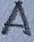
Text: A